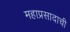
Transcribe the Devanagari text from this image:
महाप्रसादाची